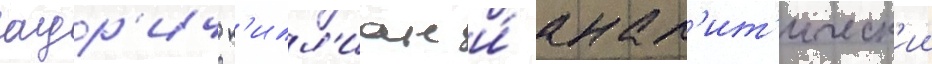
олдр'ич к'илл'иан и́ анал'ит'ическ'ии